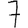
Digit: 7